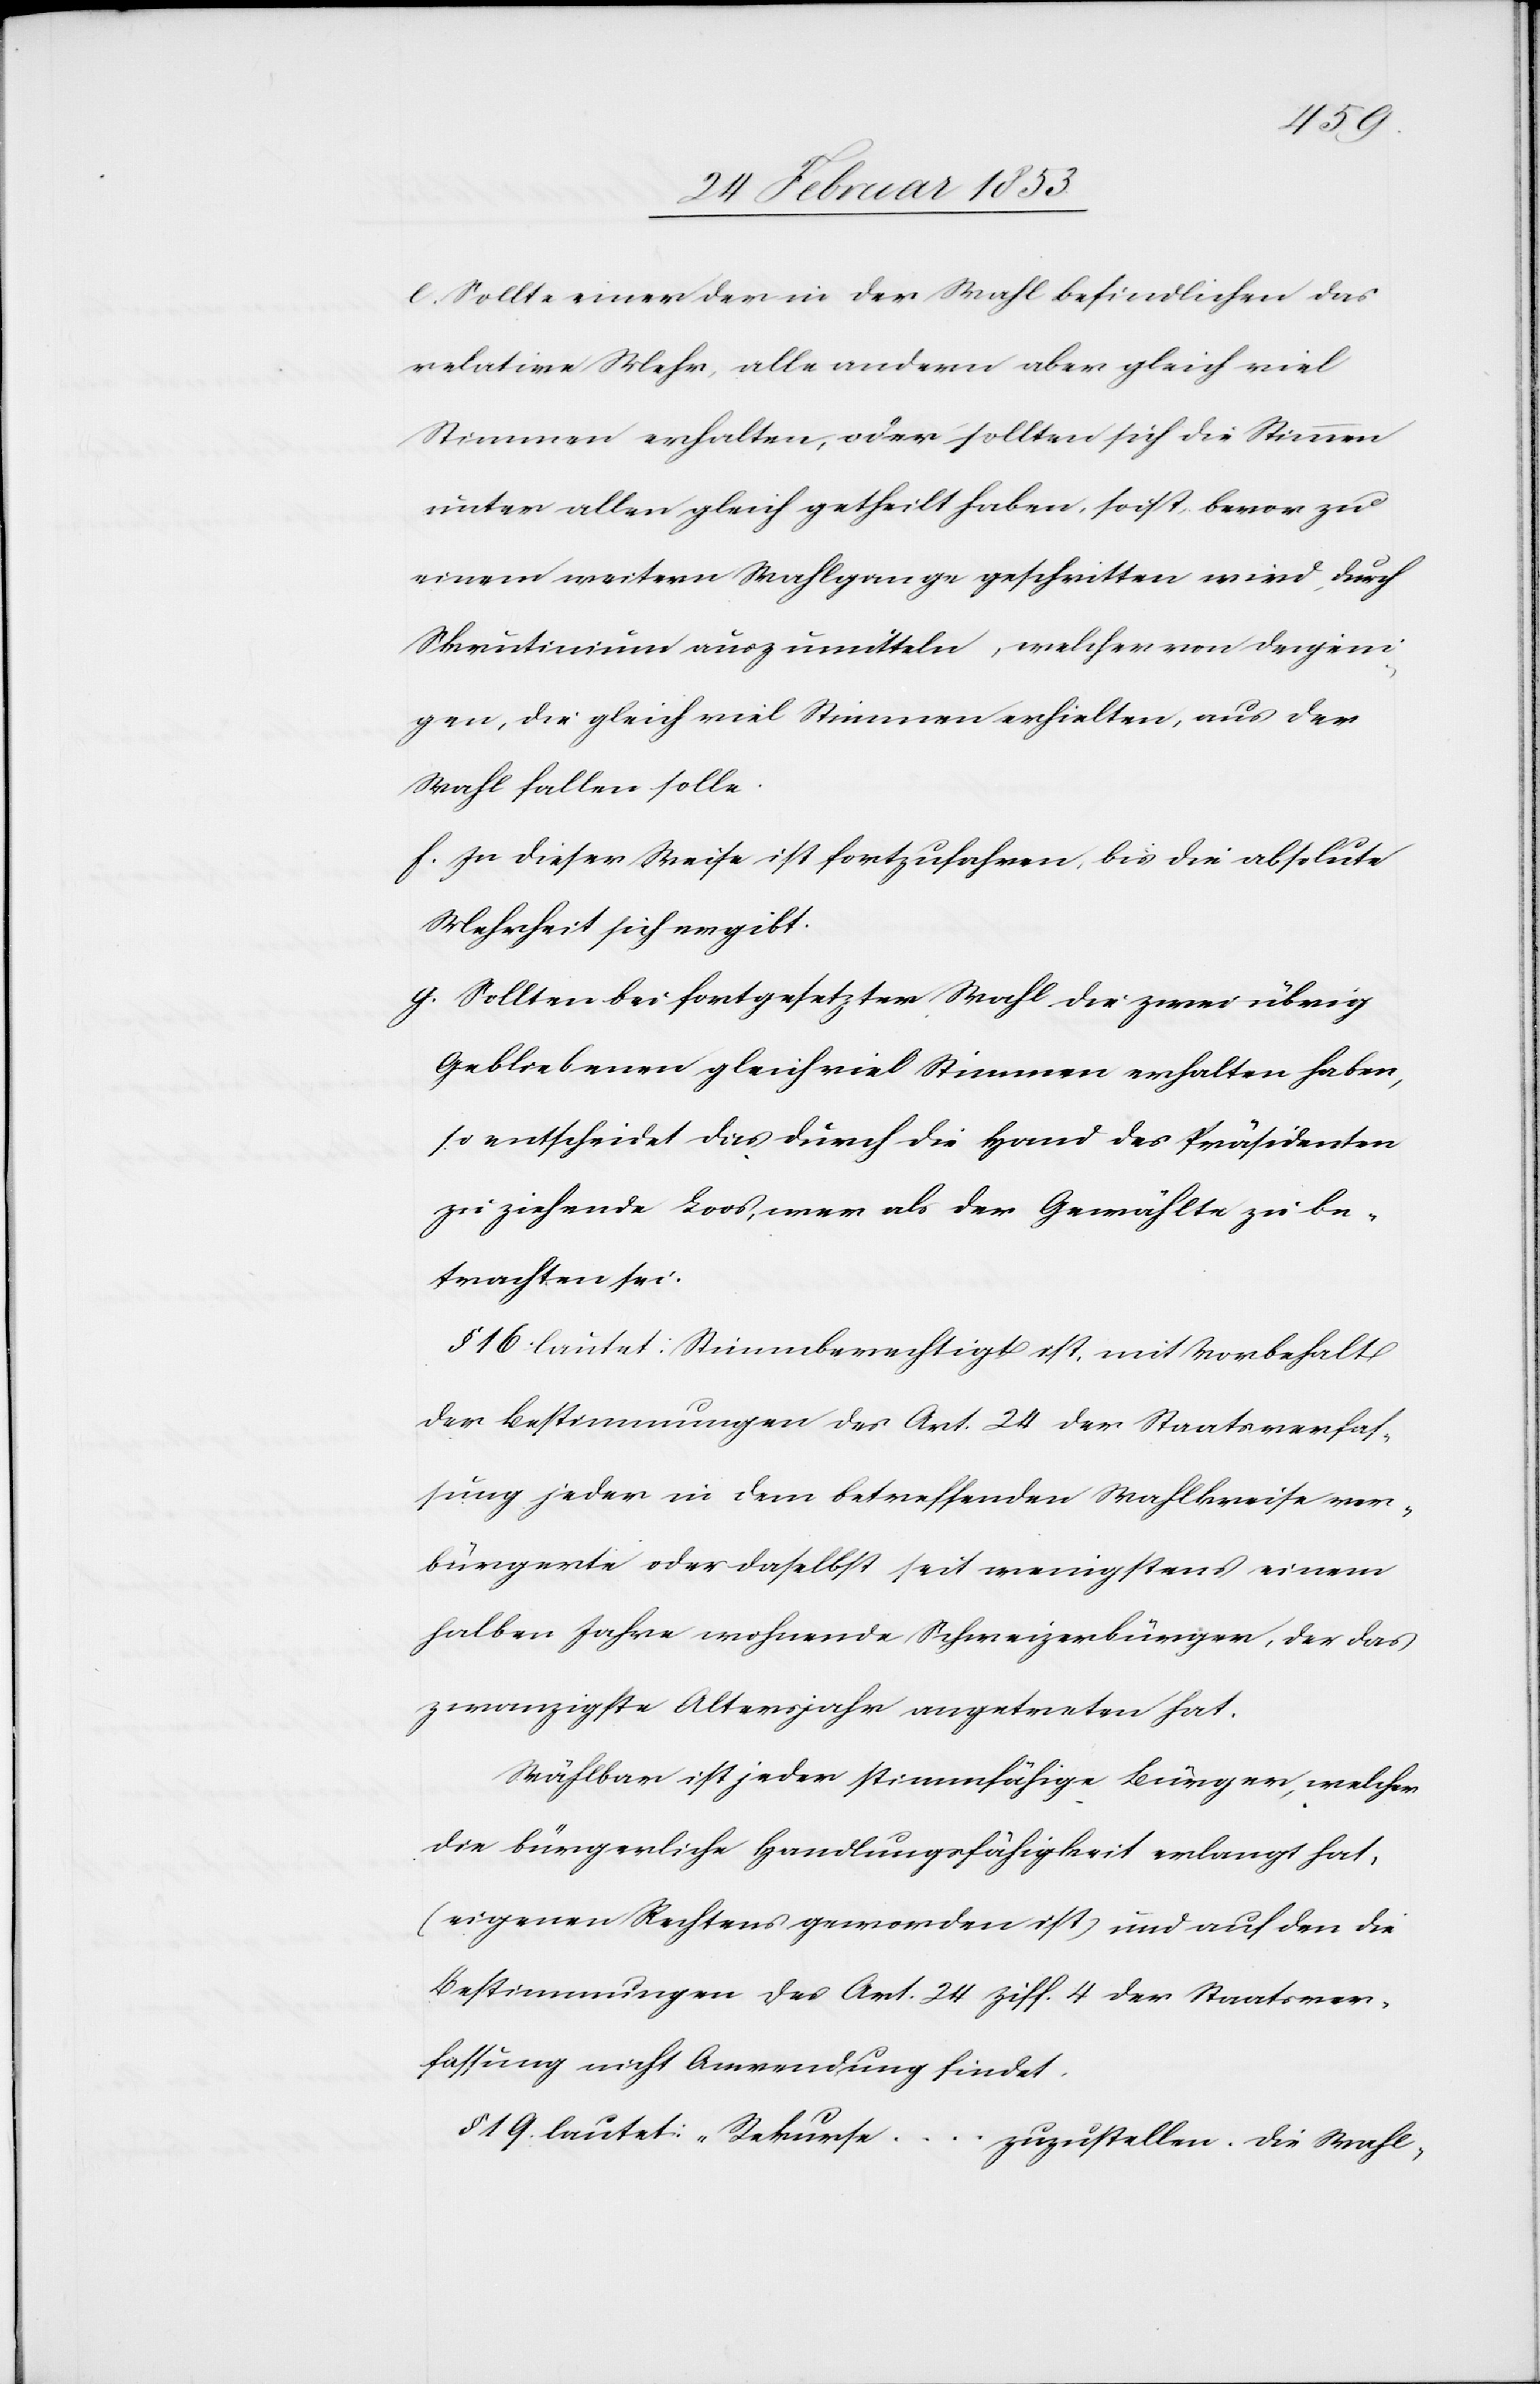
c. Sollte einer der in der Wahl befindlichen das
relative Mehr, alle andern aber gleich viel
Stimmen erhalten, oder sollten sich die Stimmen
unter allen gleich getheilt haben, so ist, bevor zu
einem weitern Wahlgange geschritten wird, durch
Skrutinium auszumitteln, welcher von denjeni¬
gen, die gleich viel Stimmen erhielten, aus der
Wahl fallen solle.
f. In dieser Weise ist fortzufahren, bis die absolute
Mehrheit sich ergibt.
g. Sollten bei fortgesetzter Wahl die zwei übrig
Gebliebenen gleichviel Stimmen erhalten haben,
so entscheidet das durch die Hand des Präsidenten
zu ziehende Loos, wer als der Gewählte zu be¬
trachten sei.
§ 16 lautet: Stimmberechtigt ist, mit Vorbehalt
der Bestimmungen des Art. 24 der Staatsverfas¬
sung jeder in dem betreffenden Wahlkreise ver¬
bürgerte oder daselbst seit wenigstens einem
halben Jahre wohnende Schweizerbürger, der das
zwanzigste Alterjahr angetreten hat.
Wählbar ist jeder stimmfähige Bürger, welcher
die bürgerliche Handlungsfähigkeit erlangt hat,
(eigenen Rechtens geworden ist) und auf den die
Bestimmungen des Art. 24 Ziff. 4 der Staatsver¬
fassung nicht Anwendung findet.
§ 19. lautet: „Rekurse…zuzustellen. Die Wahl-